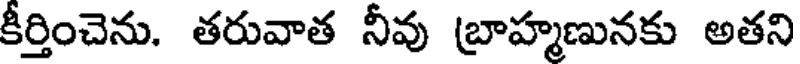
కీర్తించెను. తరువాత నీవు బ్రాహ్మణునకు అతని